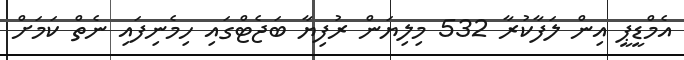
އެމްޑީޕީ އިން ލަފާކުރާ 532 މިލިޔަން ރުފިޔާ ބަޖެޓްގައި ހިމެނިފައި ނެތް ކަމަށް